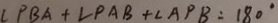
\angle P B A + \angle P A B + \angle A P B = 1 8 0 ^ { \circ }